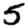
Digit: 5